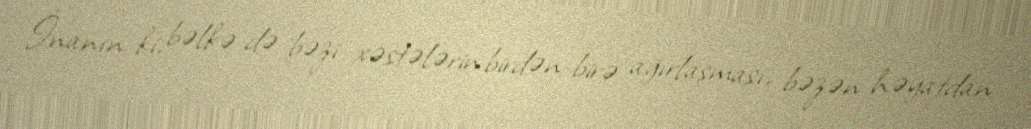
İnanın ki, bəlkə də bəzi xəstələrin birdən-birə ağırlaşması, bəzən həyatdan